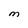
Character: M